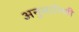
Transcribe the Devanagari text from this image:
अनुसारिणी